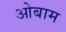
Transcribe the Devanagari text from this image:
ओबाम